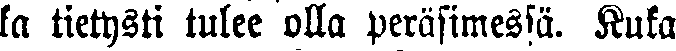
ka tietysti tulee olla peräsimessä. Kuka